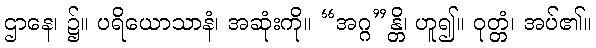
ဌာနေ၊ ၌။ ပရိယောသာနံ၊ အဆုံးကို။ “အဂ္ဂ”န္တိ၊ ဟူ၍။ ဝုတ္တံ၊ အပ်၏။